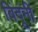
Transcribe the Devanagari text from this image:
बिंदूंनी